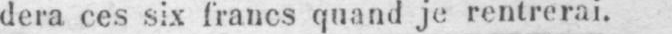
dera ces six francs quand je rentrerai.